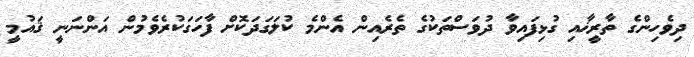
ދިވެހިންގެ ތާރީޚާއި ގުޅިފައިވާ ދުވަސްތަކުގެ ތެރެއިން އެންމެ ކުލަގަދަކޮށް ފާހަގަކުރެވެމުން އަންނަނީ ޤައުމީ